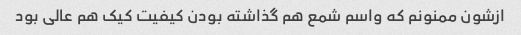
ازشون ممنونم که واسم شمع هم گذاشته بودن کیفیت کیک هم عالی بود